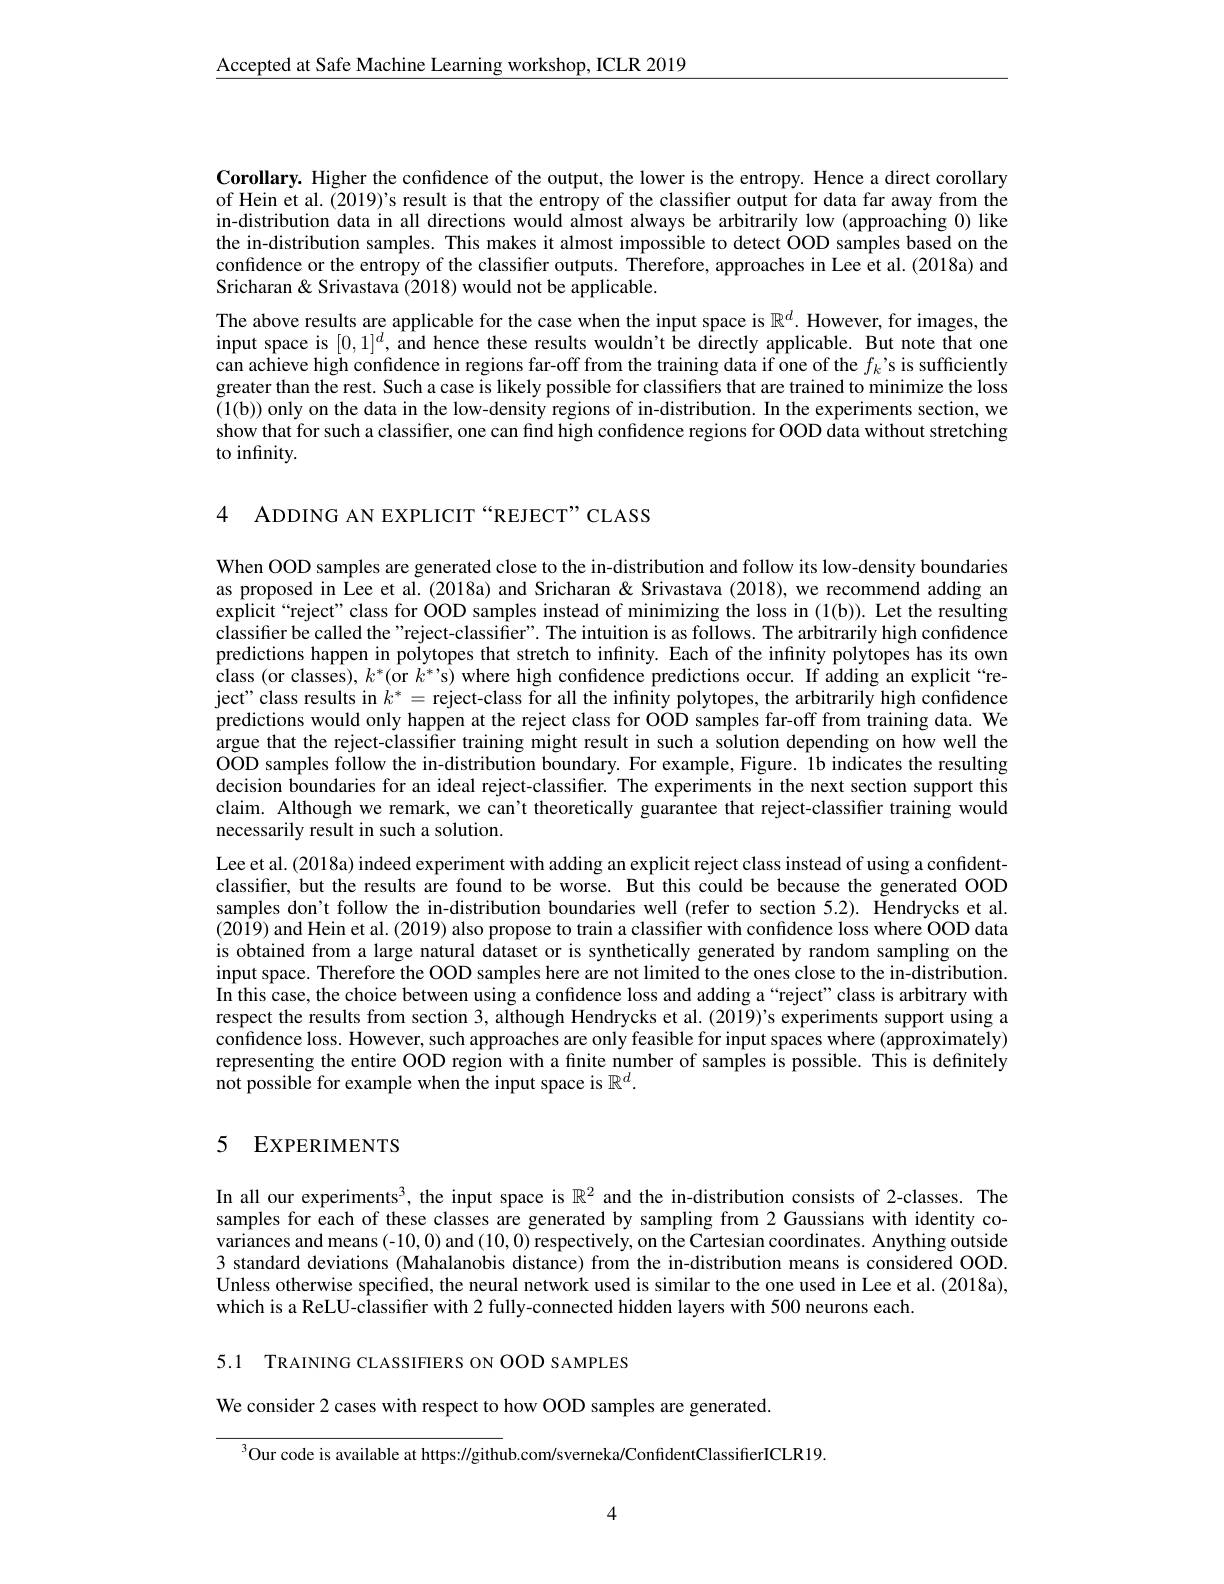
$\underline{\mathrm{Accepted~at~Safe~Machine~Learning~workshop,~ICLR~2019}}$

Corollary. Higher the confidence of the output, the lower is the entropy. Hence a direct corollary of Hein et al. (2019)'s result is that the entropy of the classifier output for data far away from the in-distribution data in all directions would aÎmost always be arbitrarily low (approaching 0) like the in-distribution samples. This makes it almost impossible to detect OOD samples based on the confidence or the entropy of the classifier outputs. Therefore, approaches in Lee et al. (2018a) and Sricharan& Srivastava (2018) would not be applicable.
The above results are applicable for the case when the input space is $\mathbb{R}^d.$ However, for images, the input space is $[0,1]^d$, and hence these results wouldn't be directly applicable. But note that one can achieve high confidence in regions far-off from the training data if one of the $f_k’$s is sufficiently greater than the rest. Such a case is likely possible for classifiers that are trained to minimize the loss (1(b)) only on the data in the low-density regions of in-distribution. In the experiments section, we show that for such a classifier, one can find high confidence regions for OOD data without stretching to infinity.

4 ADDING AN EXPLICIT“REJECT”CLASS

When OOD samples are generated close to the in-distribution and follow its low-density boundaries as proposed in Lee et al. (2018a) and Sricharan & Srivastava (2018), we recommend adding an explicit “reject”class for OOD samples instead of minimizing the loss in (1(b)). Let the resulting classifier be called the"reject-classiffer". The intuition is as follows. The arbitrarily high confidence predictions happen in polytopes that stretch to infinity. Each of the infinity polytopes has its own $\hat{\text{class (or classes), }k^*(\mathrm{or~}k^*’\mathrm{s})}$ where high confidence predictions occur. If adding an explicit“reject" class results in $k^*=$ reject-class for all the infinity polytopes, the arbitrarily high confidence predictions would only happen at the reject class for OOD samples far-off from training data. We argue that the reject-classifier training might result in such a solution depending on how well the OOD samples follow the in-distribution boundary. For example, Figure. 1b indicates the resulting decision boundaries for an ideal reject-classifier. The experiments in the next section support this claim. Although we remark, we can't theoretically guarantee that reject-classifier training would necessarily result in such a solution.
Lee et al. (2018a) indeed experiment with adding an explicit reject class instead of using a confidentclassifier, but the results are found to be worse. But this could be because the generated OOD samples don't follow the in-distribution boundaries well (refer to section 5.2). Hendrycks et al. (2019) and Hein et al. (2019) also propose to train a classiffer with confidence loss where OOD data is obtained from a large natural dataset or is synthetically generated by random sampling on the input space. Therefore the OOD samples here are not limited to the ones close to the in-distribution. In this case, the choice between using a confidence loss and adding a“reject”class is arbitrary with respect the results from section 3, although Hendrycks et al. (2019)'s experiments support using a confidence loss. However, such approaches are only feasible for input spaces where (approximately) representing the entire OOD region with a finite number of samples is possible. This is definitely not possible for example when the input space is $\mathbb{R}^d.$

### 5 EXPERIMENTS

In all our experiments$^3$, the input space is $\mathbb{R}^2$ and the in-distribution consists of 2-classes. The samples for each of these classes are generated by sampling from 2 Gaussians with identity covariances and means (-10,0) and (10,0) respectively, on the Cartesian coordinates. Anything outside 3 standard deviations (Mahalanobis distance) from the in-distribution means is considered OOD Unless otherwise specified, the neural network used is similar to the one used in Lee et al. (2018a), which is a ReLU-classifier with 2 fully-connected hidden layers with 500 neurons each

5.1 TRAINING CLASSIFIERS ON OOD SAMPLES

We consider 2 cases with respect to how OOD samples are generated.

$^3$Our code is available at https://github.com/sverneka/ConfidentClassifierICLR19.

4